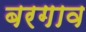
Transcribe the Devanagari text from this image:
बरगाव